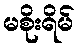
မစိုးရိမ်